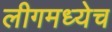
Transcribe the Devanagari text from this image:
लीगमध्येच